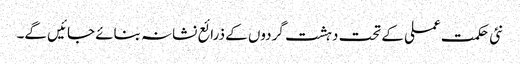
نئی حکمت عملی کے تحت دہشت گردوں کے ذرائع نشانہ بنائے جائیں گے۔